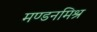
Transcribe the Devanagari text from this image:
मण्डनमिश्र